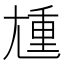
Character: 尰